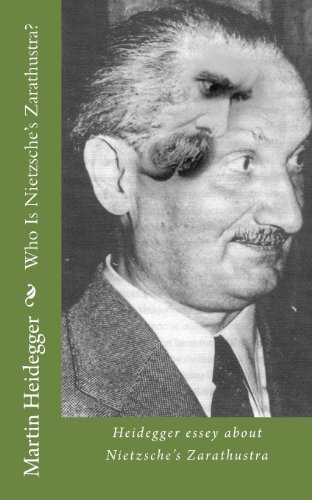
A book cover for Who Is Nietzsche's Zarathustra?; Martin Heidegger; Politics & Social Sciences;